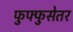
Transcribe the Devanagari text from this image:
फुफ्फुसेतर